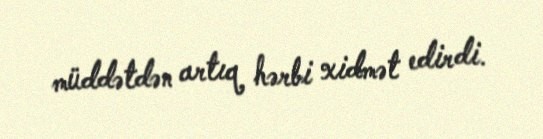
müddətdən artıq hərbi xidmət edirdi.